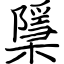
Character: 檃